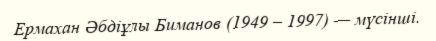
Ермахан Әбдіұлы Биманов (1949 – 1997) — мүсінші.